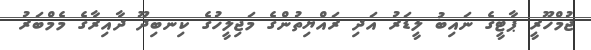
ޖުމްހޫރީ ޕާޓީގެ ނައިބު ލީޑަރު އަދި ރައްޔިތުންގެ މަޖިލީހުގެ ކިނބިދޫ ދާއިރާގެ މެމްބަރު